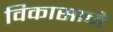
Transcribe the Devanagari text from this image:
विकासाने